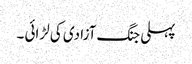
پہلی جنگ آزادی کی لڑائی ۔